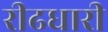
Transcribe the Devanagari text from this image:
रीढधारी